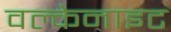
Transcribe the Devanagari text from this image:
वल्केनाइट